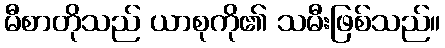
မီစာတိုသည် ယာစုကို၏ သမီးဖြစ်သည်။